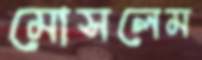
মোসলেম